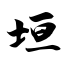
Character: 垣